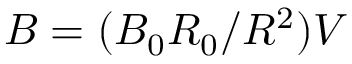
B = ( B _ { 0 } R _ { 0 } / R ^ { 2 } ) V